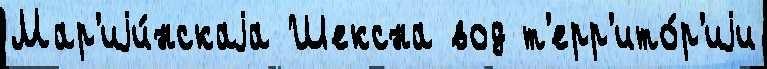
Мар'иjи́нскаjа Шексна вод т'ерр'ито́р'иjи